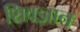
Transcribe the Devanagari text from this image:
शिवज्ञान